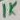
Text: 1K